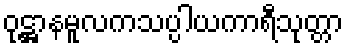
ဝုဋ္ဌာနမူလကသပ္ပါယကာရီသုတ္တာ